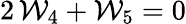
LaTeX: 2\, {\cal W}_{4}+{\cal W}_{5}=0